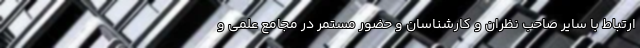
ارتباط با سایر صاحب نظران و کارشناسان و حضور مستمر در مجامع علمی و